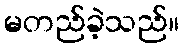
မတည်ခဲ့သည်။